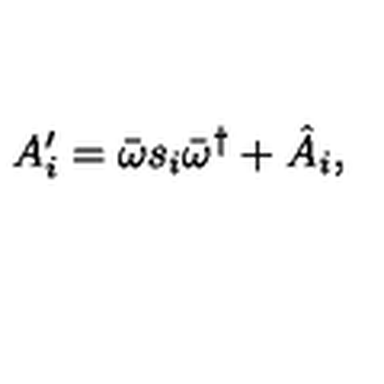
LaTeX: A _ { i } ^ { \prime } = \bar { \omega } s _ { i } \bar { \omega } ^ { \dagger } + \hat { A } _ { i } ,